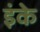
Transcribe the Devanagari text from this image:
इंके